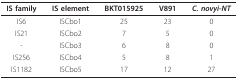
<table><thead><tr><td><b>IS family</b></td><td><b>IS element</b></td><td><b>BKT015925</b></td><td><b>V891</b></td><td><b><i>C. novyi-NT</i></b></td></tr></thead><tbody><tr><td>IS6</td><td>ISCbo1</td><td>25</td><td>23</td><td>0</td></tr><tr><td>IS21</td><td>ISCbo2</td><td>7</td><td>5</td><td>0</td></tr><tr><td>-</td><td>ISCbo3</td><td>6</td><td>8</td><td>0</td></tr><tr><td>IS256</td><td>ISCbo4</td><td>5</td><td>8</td><td>1</td></tr><tr><td>IS1182</td><td>ISCbo5</td><td>17</td><td>12</td><td>27</td></tr></tbody></table>